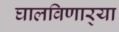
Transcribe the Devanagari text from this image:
घालविणार्‍या